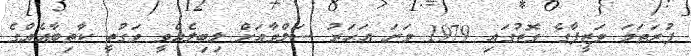
ފުރަތަމަ ވަޒީފާގެ ގޮތުގައި 1979 ވަނަ އަހަރު ސަލްވާއަށް ލިބިލެއްވީ ވަގުުތީ ކާތިބާއެއްގެ